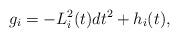
LaTeX: \begin{align*} g_i = - L_i^2(t) dt^2 + h_i(t), \end{align*}